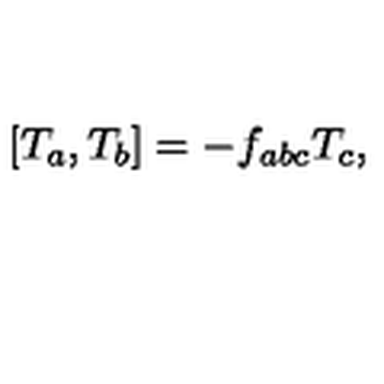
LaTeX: \lbrack T _ { a } , T _ { b } ] = - f _ { a b c } T _ { c } ,